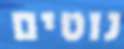
נוטים